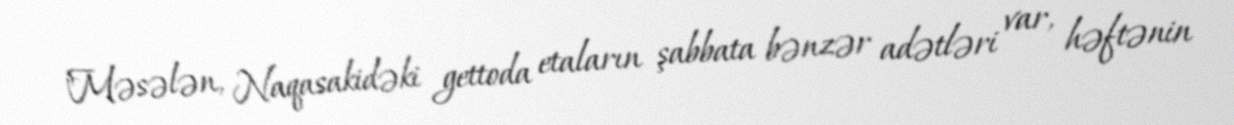
"Məsələn, Naqasakidəki gettoda etaların şabbata bənzər adətləri var, həftənin